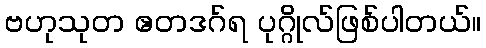
ဗဟုသုတ ဧတဒဂ်ရ ပုဂ္ဂိုလ်ဖြစ်ပါတယ်။